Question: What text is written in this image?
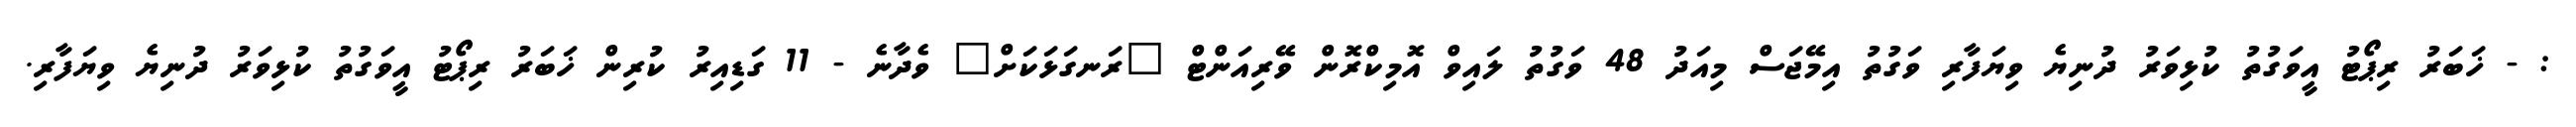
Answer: : - ޚަބަރު ރިޕޯޓު އީވަގުތު ކުޅިވަރު ދުނިޔެ ވިޔަފާރި ވަގުތު އިމޭޖަސް މިއަދު 48 ވަގުތު ލައިވް އޮމިކްރޮން ވޭރިއަންޓް "ރަނގަޅަކަށް" ވެދާނެ - 11 ގަޑިއިރު ކުރިން ޚަބަރު ރިޕޯޓު އީވަގުތު ކުޅިވަރު ދުނިޔެ ވިޔަފާރި.